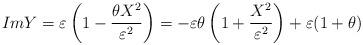
LaTeX: \begin{align*}ImY=\varepsilon \left( 1-\frac{\theta X^{2}}{\varepsilon ^{2}}\right) =-\varepsilon \theta \left( 1+\frac{X^{2}}{\varepsilon ^{2}}\right) +\varepsilon (1+\theta )\end{align*}